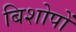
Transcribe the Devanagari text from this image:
बिशोपों